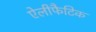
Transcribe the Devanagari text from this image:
ऐलीफैटिक